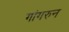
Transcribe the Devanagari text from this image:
गांगरुन